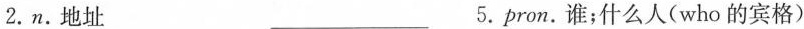
2.n.地址 ___ 5.pron.谁；什么人(who的宾格)